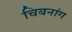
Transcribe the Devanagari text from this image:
चिबनांग